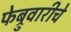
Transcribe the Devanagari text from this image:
फेब्रुवारीचे